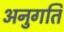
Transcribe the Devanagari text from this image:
अनुगति